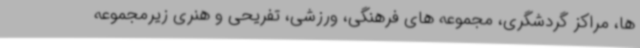
ها، مراکز گردشگری، مجموعه های فرهنگی، ورزشی، تفریحی و هنری زیرمجموعه